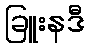
ခြူးနဒီ